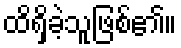
ထိရှိခဲ့သူဖြစ်၏။